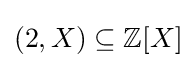
(2,X)\subseteq \mathbb {Z} [X]